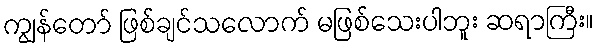
ကျွန်တော် ဖြစ်ချင်သလောက် မဖြစ်သေးပါဘူး ဆရာကြီး။